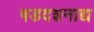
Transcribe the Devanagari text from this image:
षडदशनाद्य